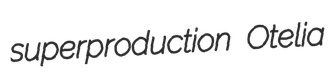
superproduction Otelia